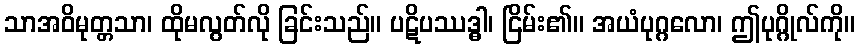
သာအဝိမုတ္တသာ၊ ထိုမလွတ်လို ခြင်းသည်။ ပဋိပဿဒ္ဓါ၊ ငြိမ်း၏။ အယံပုဂ္ဂလော၊ ဤပုဂ္ဂိုလ်ကို။